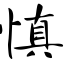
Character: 慎